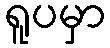
ရူပမှာ